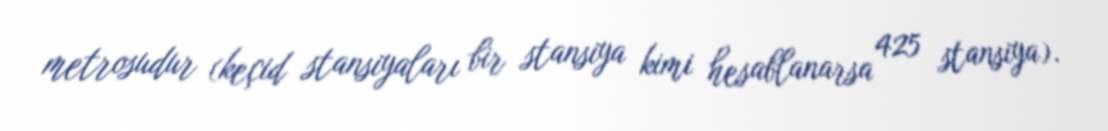
metrosudur (keçid stansiyaları bir stansiya kimi hesablanarsa 425 stansiya).